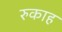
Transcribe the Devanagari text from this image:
रुकाह